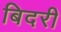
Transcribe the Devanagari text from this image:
बिदरी